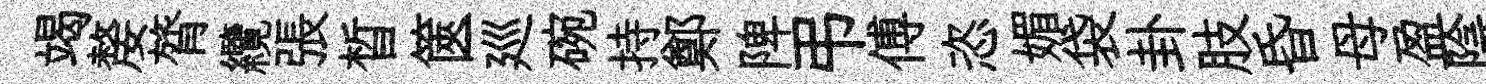
竭嫠膂纜張晳篋廵碗持鄭陴弔傅恣媚袋卦肢昏母盈陰